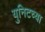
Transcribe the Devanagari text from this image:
युनिटच्या